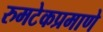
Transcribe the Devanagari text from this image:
रुमटेकप्रमाणे